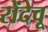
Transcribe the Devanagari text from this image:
रोंदेवू